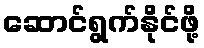
ဆောင်ရွက်နိုင်ဖို့